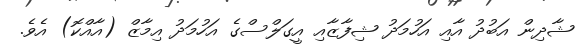
ޝާދިން އަބުދު އާއި އަހުމަދު ޝިފާޒާއި އީގަލްސްގެ އަހުމަދު އިމާޒް (އާއްކޮ) އެވެ.